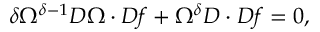
\delta \Omega ^ { \delta - 1 } D \Omega \cdot D f + \Omega ^ { \delta } D \cdot D f = 0 ,